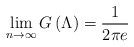
\begin{align*}\lim_{n\to\infty}G\left(\Lambda\right)=\frac{1}{2\pi e}\end{align*}